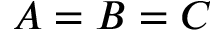
A = B = C